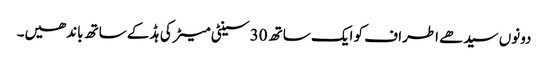
دونوں سیدھے اطراف کو ایک ساتھ 30 سینٹی میٹر کی ہڈ کے ساتھ باندھیں۔